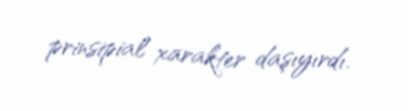
prinsipial xarakter daşıyırdı.